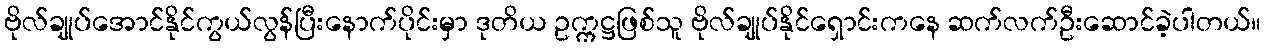
ဗိုလ်ချုပ်အောင်နိုင်ကွယ်လွန်ပြီးနောက်ပိုင်းမှာ ဒုတိယ ဥက္ကဋ္ဌဖြစ်သူ ဗိုလ်ချုပ်နိုင်ရှောင်းကနေ ဆက်လက်ဦးဆောင်ခဲ့ပါတယ်။